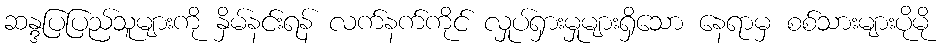
ဆန္ဒပြပြည်သူများကို နှိမ်နင်းရန် လက်နက်ကိုင် လှုပ်ရှားမှုများရှိသော နေရာမှ စစ်သားများပိုမို